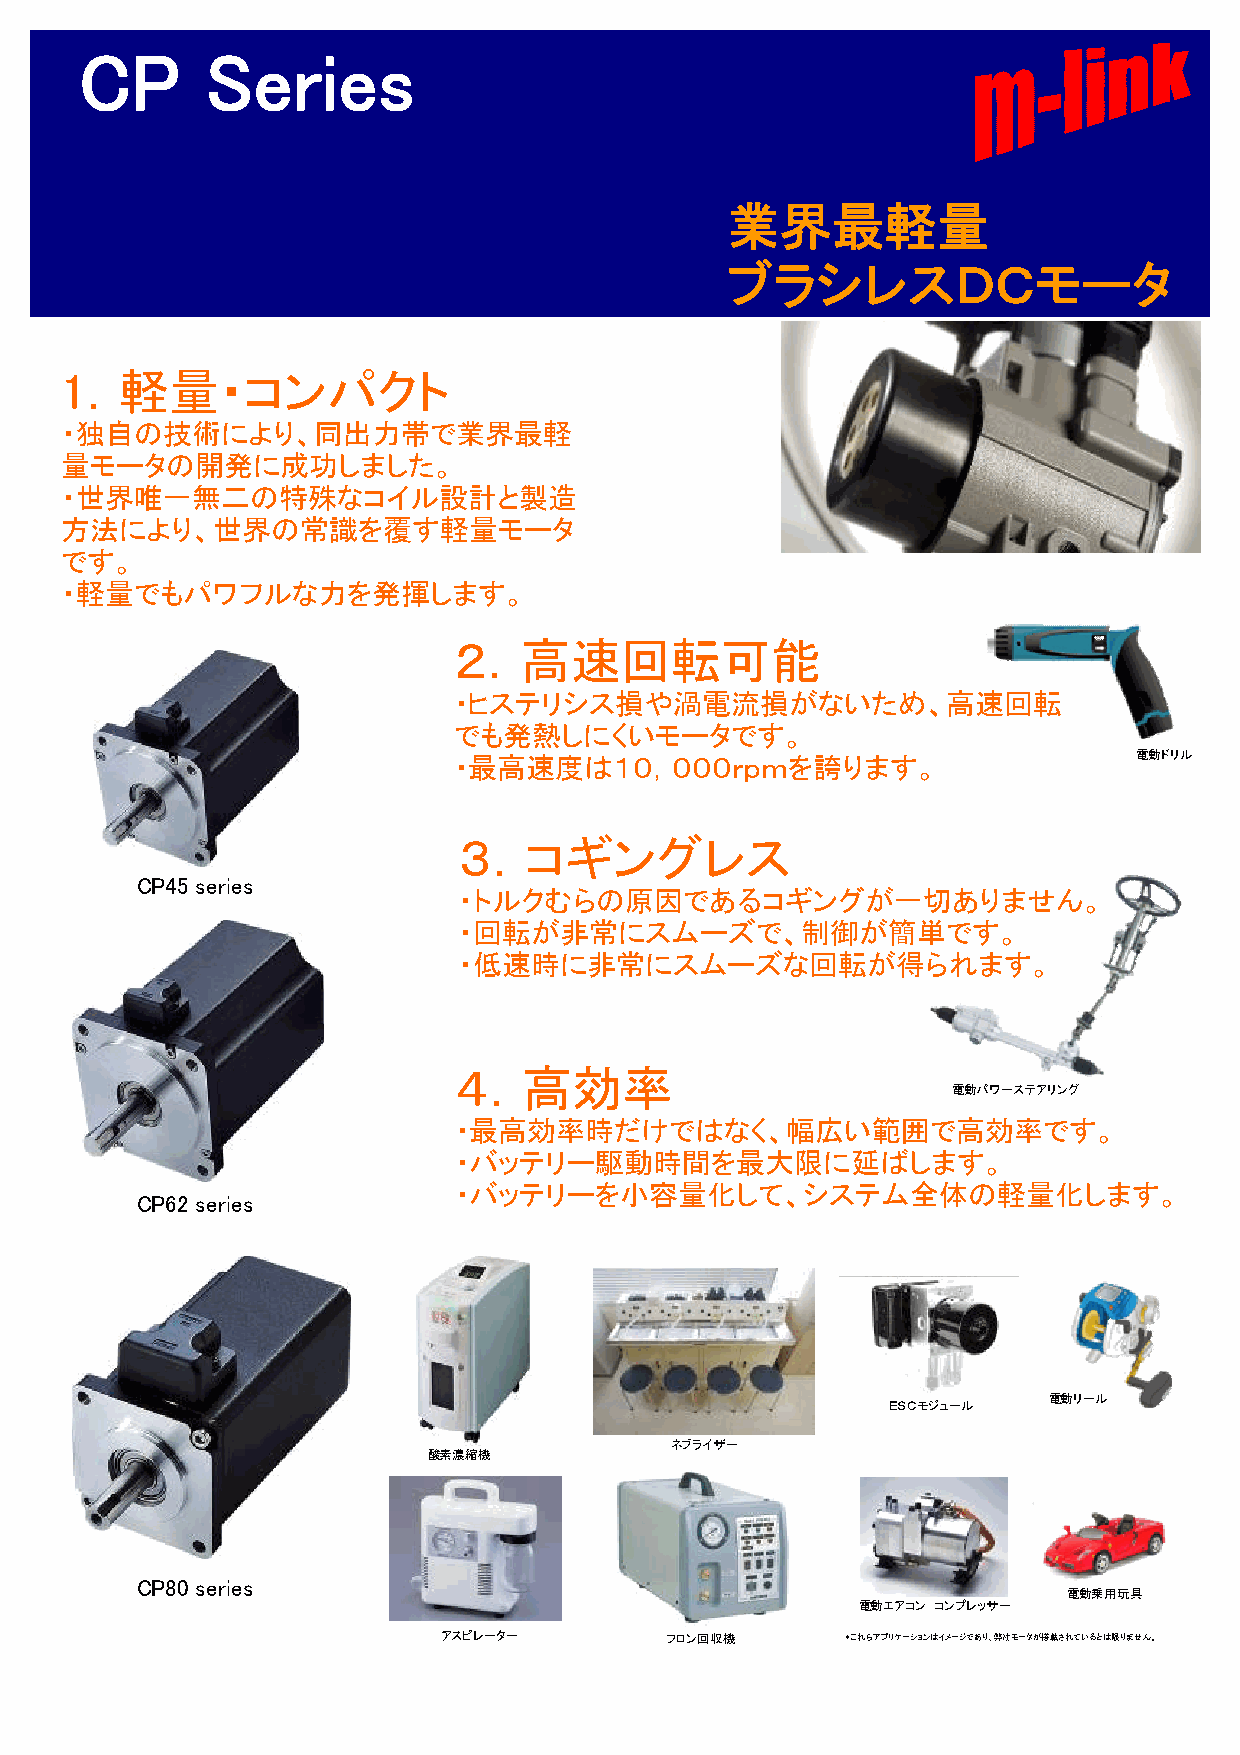
CP       Series
 業界最軽量
 ブラシレスＤＣモータ
 1．軽量・コンパクト
 ・独自の技術により、同出力帯で業界最軽
 量モータの開発に成功しました。
 ・世界唯一無二の特殊なコイル設計と製造
 方法により、世界の常識を覆す軽量モータ
 です。
 ・軽量でもパワフルな力を発揮します。
 ２．高速回転可能
 ・ヒステリシス損や渦電流損がないため、高速回転
 でも発熱しにくいモータです。
 ・最高速度は１０，０００ｒｐｍを誇ります。                        電動ドリル
 ３．コギングレス
 CP45 series
 ・トルクむらの原因であるコギングが一切ありません。
 ・回転が非常にスムーズで、制御が簡単です。
 ・低速時に非常にスムーズな回転が得られます。
 ４．高効率
 電動パワーステアリング
 ・最高効率時だけではなく、幅広い範囲で高効率です。
 ・バッテリー駆動時間を最大限に延ばします。
 ・バッテリーを小容量化して、システム全体の軽量化します。
 CP62 series
 電動リール
 ＥＳＣモジュール
 ネブライザー
 酸素濃縮機
 CP80 series
 電動乗用玩具
 電動エアコン コンプレッサー
 アスピレーター        フロン回収機      ＊これらアプリケーションはイメージであり、弊社モータが搭載されているとは限りません。